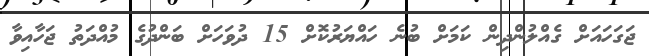
ޖަގަހައަށް ގެއްލުންދިން ކަމަށް ބުނެ ހައްޔަރުކޮށް 15 ދުވަހަށް ބަންދުގެ މުއްދަތު ޖަހާއިވާ